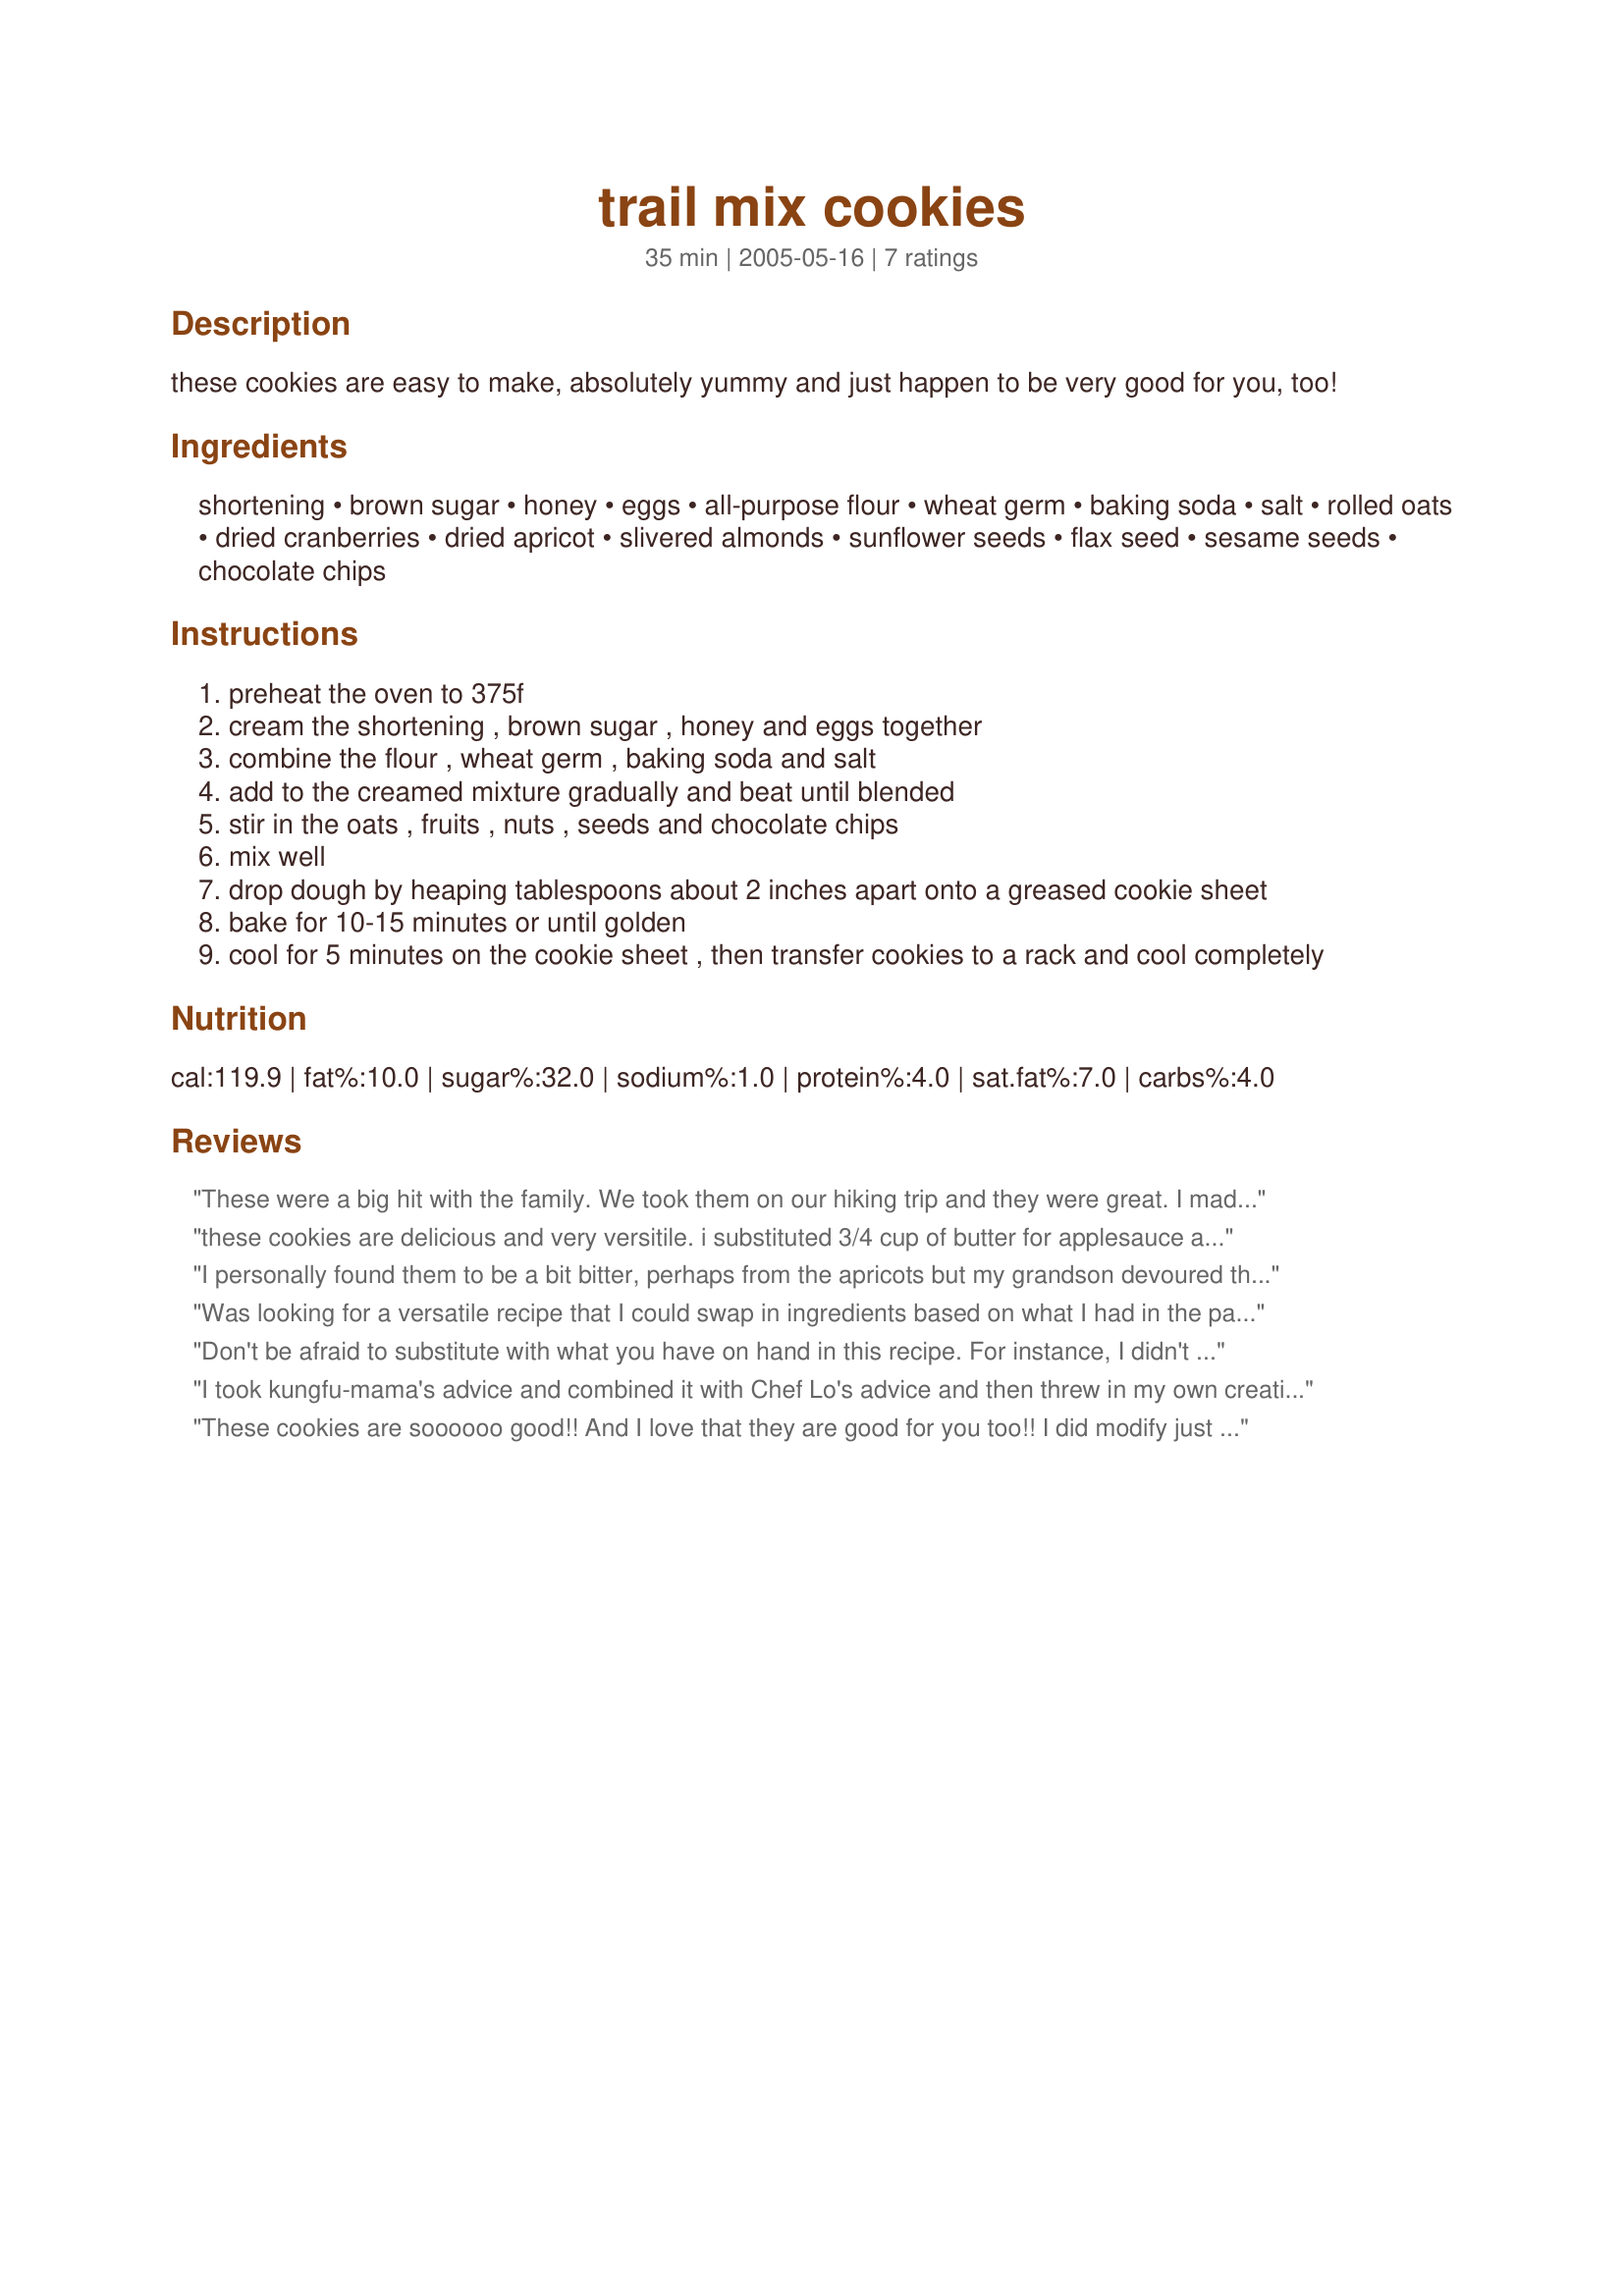
trail mix cookies
Preparation time: 35 minutes

these cookies are easy to make, absolutely yummy and just happen to be very good for you, too!

Ingredients:
shortening, brown sugar, honey, eggs, all-purpose flour, wheat germ, baking soda, salt, rolled oats, dried cranberries, dried apricot, slivered almonds, sunflower seeds, flax seed, sesame seeds, chocolate chips

Steps:
preheat the oven to 375f
cream the shortening , brown sugar , honey and eggs together
combine the flour , wheat germ , baking soda and salt
add to the creamed mixture gradually and beat until blended
stir in the oats , fruits , nuts , seeds and chocolate chips
mix well
drop dough by heaping tablespoons about 2 inches apart onto a greased cookie sheet
bake for 10-15 minutes or until golden
cool for 5 minutes on the cookie sheet , then transfer cookies to a rack and cool completely

Reviews:
These were a big hit with the family. We took them on our hiking trip and they were great. I made a few modifications to reduce calories: in place of the butter I used 1/4 cup light butter and 3/4 cup applesauce, substituted one egg for 3 tbsp egg white, added ginger and cinnamon, and used raw sugar instead of brown sugar. I also baked to make bars instead of cookies. I will be making again.
these cookies are delicious and very versitile. i substituted 3/4 cup of butter for applesauce and it worked great. next time i may try to substitute all the butter. i also cut down the amount of honey, i only used 1/4 cup and found that to be plenty. they are nutty, chocolatey, sweet and gooey. thanks for the great recipe! i'll definitely make them again, maybe trying different nuts and fruits!
I personally found them to be a bit bitter, perhaps from the apricots but my grandson devoured them and the ladies where my husband works asked for the recipe! I'm going to try a few alterations...maybe even some peanut butter and coconut and a bit more honey.
Was looking for a versatile recipe that I could swap in ingredients based on what I had in the pantry...and this one fits the bill. Followed advice of kunfu-mama and Chef Lo and subbed applesauce for about 1/2 the butter. Also used maple syprup and brown rice syprup instead of sugar. And lastly, used a mixture of brown rice and whole grain flours. They're great, thanks!!
Don't be afraid to substitute with what you have on hand in this recipe. For instance, I didn't have enough honey, so I added a bit of corn syrup and molasses; I used 2/3 cups of all-purpose flour along with 2/3 cup whole wheat flour; I substituted golden raisins for apricots...you get the idea. These cookies still came out delish (rave reviews from my hubby and kid). And you have to admit, they are very good for you!
I took kungfu-mama's advice and combined it with Chef Lo's advice and then threw in my own creative spark and came up with an even healthier version. Instead of 1 cup of butter -- I mashed one avocado (which turned out to equal 1/2 c.) and then added 1/2 c. applesauce. This gets rid of the butter altogether! I also used just the egg whites from the 2 eggs. Lastly, I used a gluten-free flour (in the same amount as what the recipe calls for). The only thing I had to change in the directions was the fact that I had to pat the cookies into shape because there was no butter in the recipe. But after they're finished cooking, they stay together just fine and they are still moist and delicious! I think next time, I'm going to cut back on the sugar or the honey (I think they will still be good with a little less sweetener...). Hope this helps others who are looking for a creative way to up the health factor of these cookies! Enjoy!
These cookies are soooooo good!! And I love that they are good for you too!! I did modify just a little.... I used organic sucanat instead of the brown sugar, I didn't have wheat germ so I used some coconut flour in place of that....and Walmart was OUT of sunflower seeds, so I bought pumpkin instead. Also, I used agave nectar instead of the honey, just because I had some and wanted to use it up. I took them to the gym with me and both the ladies that tried them insisted on having the recipe. Thanks for a great cookie recipe. I will make these again and again!!
